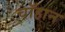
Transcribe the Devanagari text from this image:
चॉहान